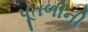
પૂતળીની